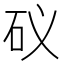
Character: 𥐟